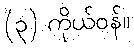
(၃) ကိုယ်ဝန်။